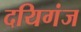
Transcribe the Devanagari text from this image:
दयिगंज